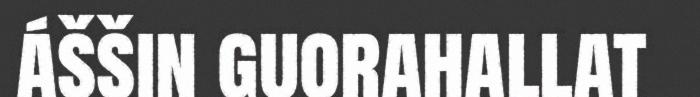
áššin guorahallat